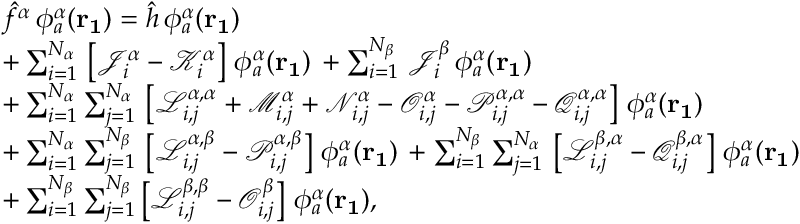
\begin{array} { r l } & { \hat { f } ^ { \alpha } \, \phi _ { a } ^ { \alpha } ( \mathbf { r _ { 1 } } ) = \hat { h } \, \phi _ { a } ^ { \alpha } ( \mathbf { r _ { 1 } } ) } \\ & { + \sum _ { i = 1 } ^ { N _ { \alpha } } \, \left[ \mathcal { J } _ { i } ^ { \alpha } - \mathcal { K } _ { i } ^ { \alpha } \right] \, \phi _ { a } ^ { \alpha } ( \mathbf { r _ { 1 } } ) \, + \sum _ { i = 1 } ^ { N _ { \beta } } \, \mathcal { J } _ { i } ^ { \beta } \, \phi _ { a } ^ { \alpha } ( \mathbf { r _ { 1 } } ) } \\ & { + \sum _ { i = 1 } ^ { N _ { \alpha } } \sum _ { j = 1 } ^ { N _ { \alpha } } \, \left[ \mathcal { L } _ { i , j } ^ { \alpha , \alpha } + \mathcal { M } _ { i , j } ^ { \alpha } + \mathcal { N } _ { i , j } ^ { \alpha } - \mathcal { O } _ { i , j } ^ { \alpha } - \mathcal { P } _ { i , j } ^ { \alpha , \alpha } - \mathcal { Q } _ { i , j } ^ { \alpha , \alpha } \right] \, \phi _ { a } ^ { \alpha } ( \mathbf { r _ { 1 } } ) } \\ & { + \sum _ { i = 1 } ^ { N _ { \alpha } } \sum _ { j = 1 } ^ { N _ { \beta } } \, \left[ \mathcal { L } _ { i , j } ^ { \alpha , \beta } - \mathcal { P } _ { i , j } ^ { \alpha , \beta } \right] \, \phi _ { a } ^ { \alpha } ( \mathbf { r _ { 1 } } ) \, + \sum _ { i = 1 } ^ { N _ { \beta } } \sum _ { j = 1 } ^ { N _ { \alpha } } \, \left[ \mathcal { L } _ { i , j } ^ { \beta , \alpha } - \mathcal { Q } _ { i , j } ^ { \beta , \alpha } \right] \, \phi _ { a } ^ { \alpha } ( \mathbf { r _ { 1 } } ) } \\ & { + \sum _ { i = 1 } ^ { N _ { \beta } } \sum _ { j = 1 } ^ { N _ { \beta } } \left[ \mathcal { L } _ { i , j } ^ { \beta , \beta } - \mathcal { O } _ { i , j } ^ { \beta } \right] \, \phi _ { a } ^ { \alpha } ( \mathbf { r _ { 1 } } ) \mathrm { , } } \end{array}